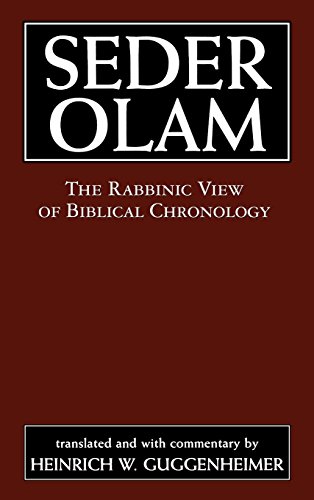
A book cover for Seder Olam: The Rabbinic View of Biblical Chronology; Seder Olam Rabbah; Christian Books & Bibles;